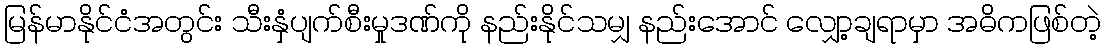
မြန်မာနိုင်ငံအတွင်း သီးနှံပျက်စီးမှုဒဏ်ကို နည်းနိုင်သမျှ နည်းအောင် လျှော့ချရာမှာ အဓိကဖြစ်တဲ့